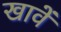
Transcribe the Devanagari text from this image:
खावें